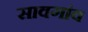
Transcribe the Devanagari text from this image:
सावगांव